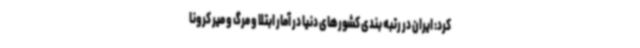
کرد: ایران در رتبه بندی کشورهای دنیا در آمار ابتلا و مرگ و میر کرونا